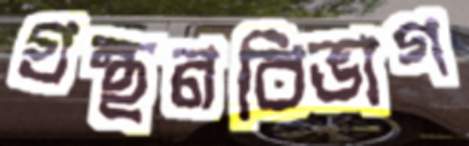
গ্রন্থনবিভাগ